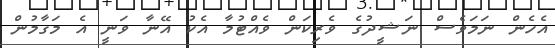
އެހެން ނަމަވެސް ނަޝީދުގެ ވެރިކަން ވެއްޓުމާ އެކު އޭނާ ވަނީ އެ މަގާމުން